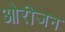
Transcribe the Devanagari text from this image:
ओरीजन